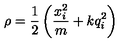
\rho = \frac { 1 } { 2 } \left( \frac { x _ { i } ^ { 2 } } { m } + k q _ { i } ^ { 2 } \right)